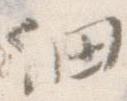
細